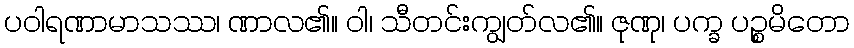
ပဝါရဏာမာသဿ၊ ဏာလ၏။ ဝါ၊ သီတင်းကျွတ်လ၏။ ဇုဏု၊ ပက္ခ ပဉ္စမိတော